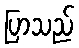
ပြာသည်